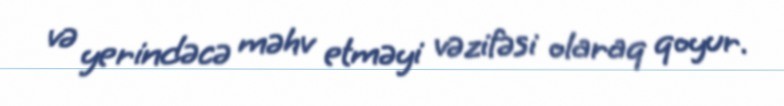
və yerindəcə məhv etməyi vəzifəsi olaraq qoyur.